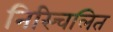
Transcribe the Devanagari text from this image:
निस्चिलित